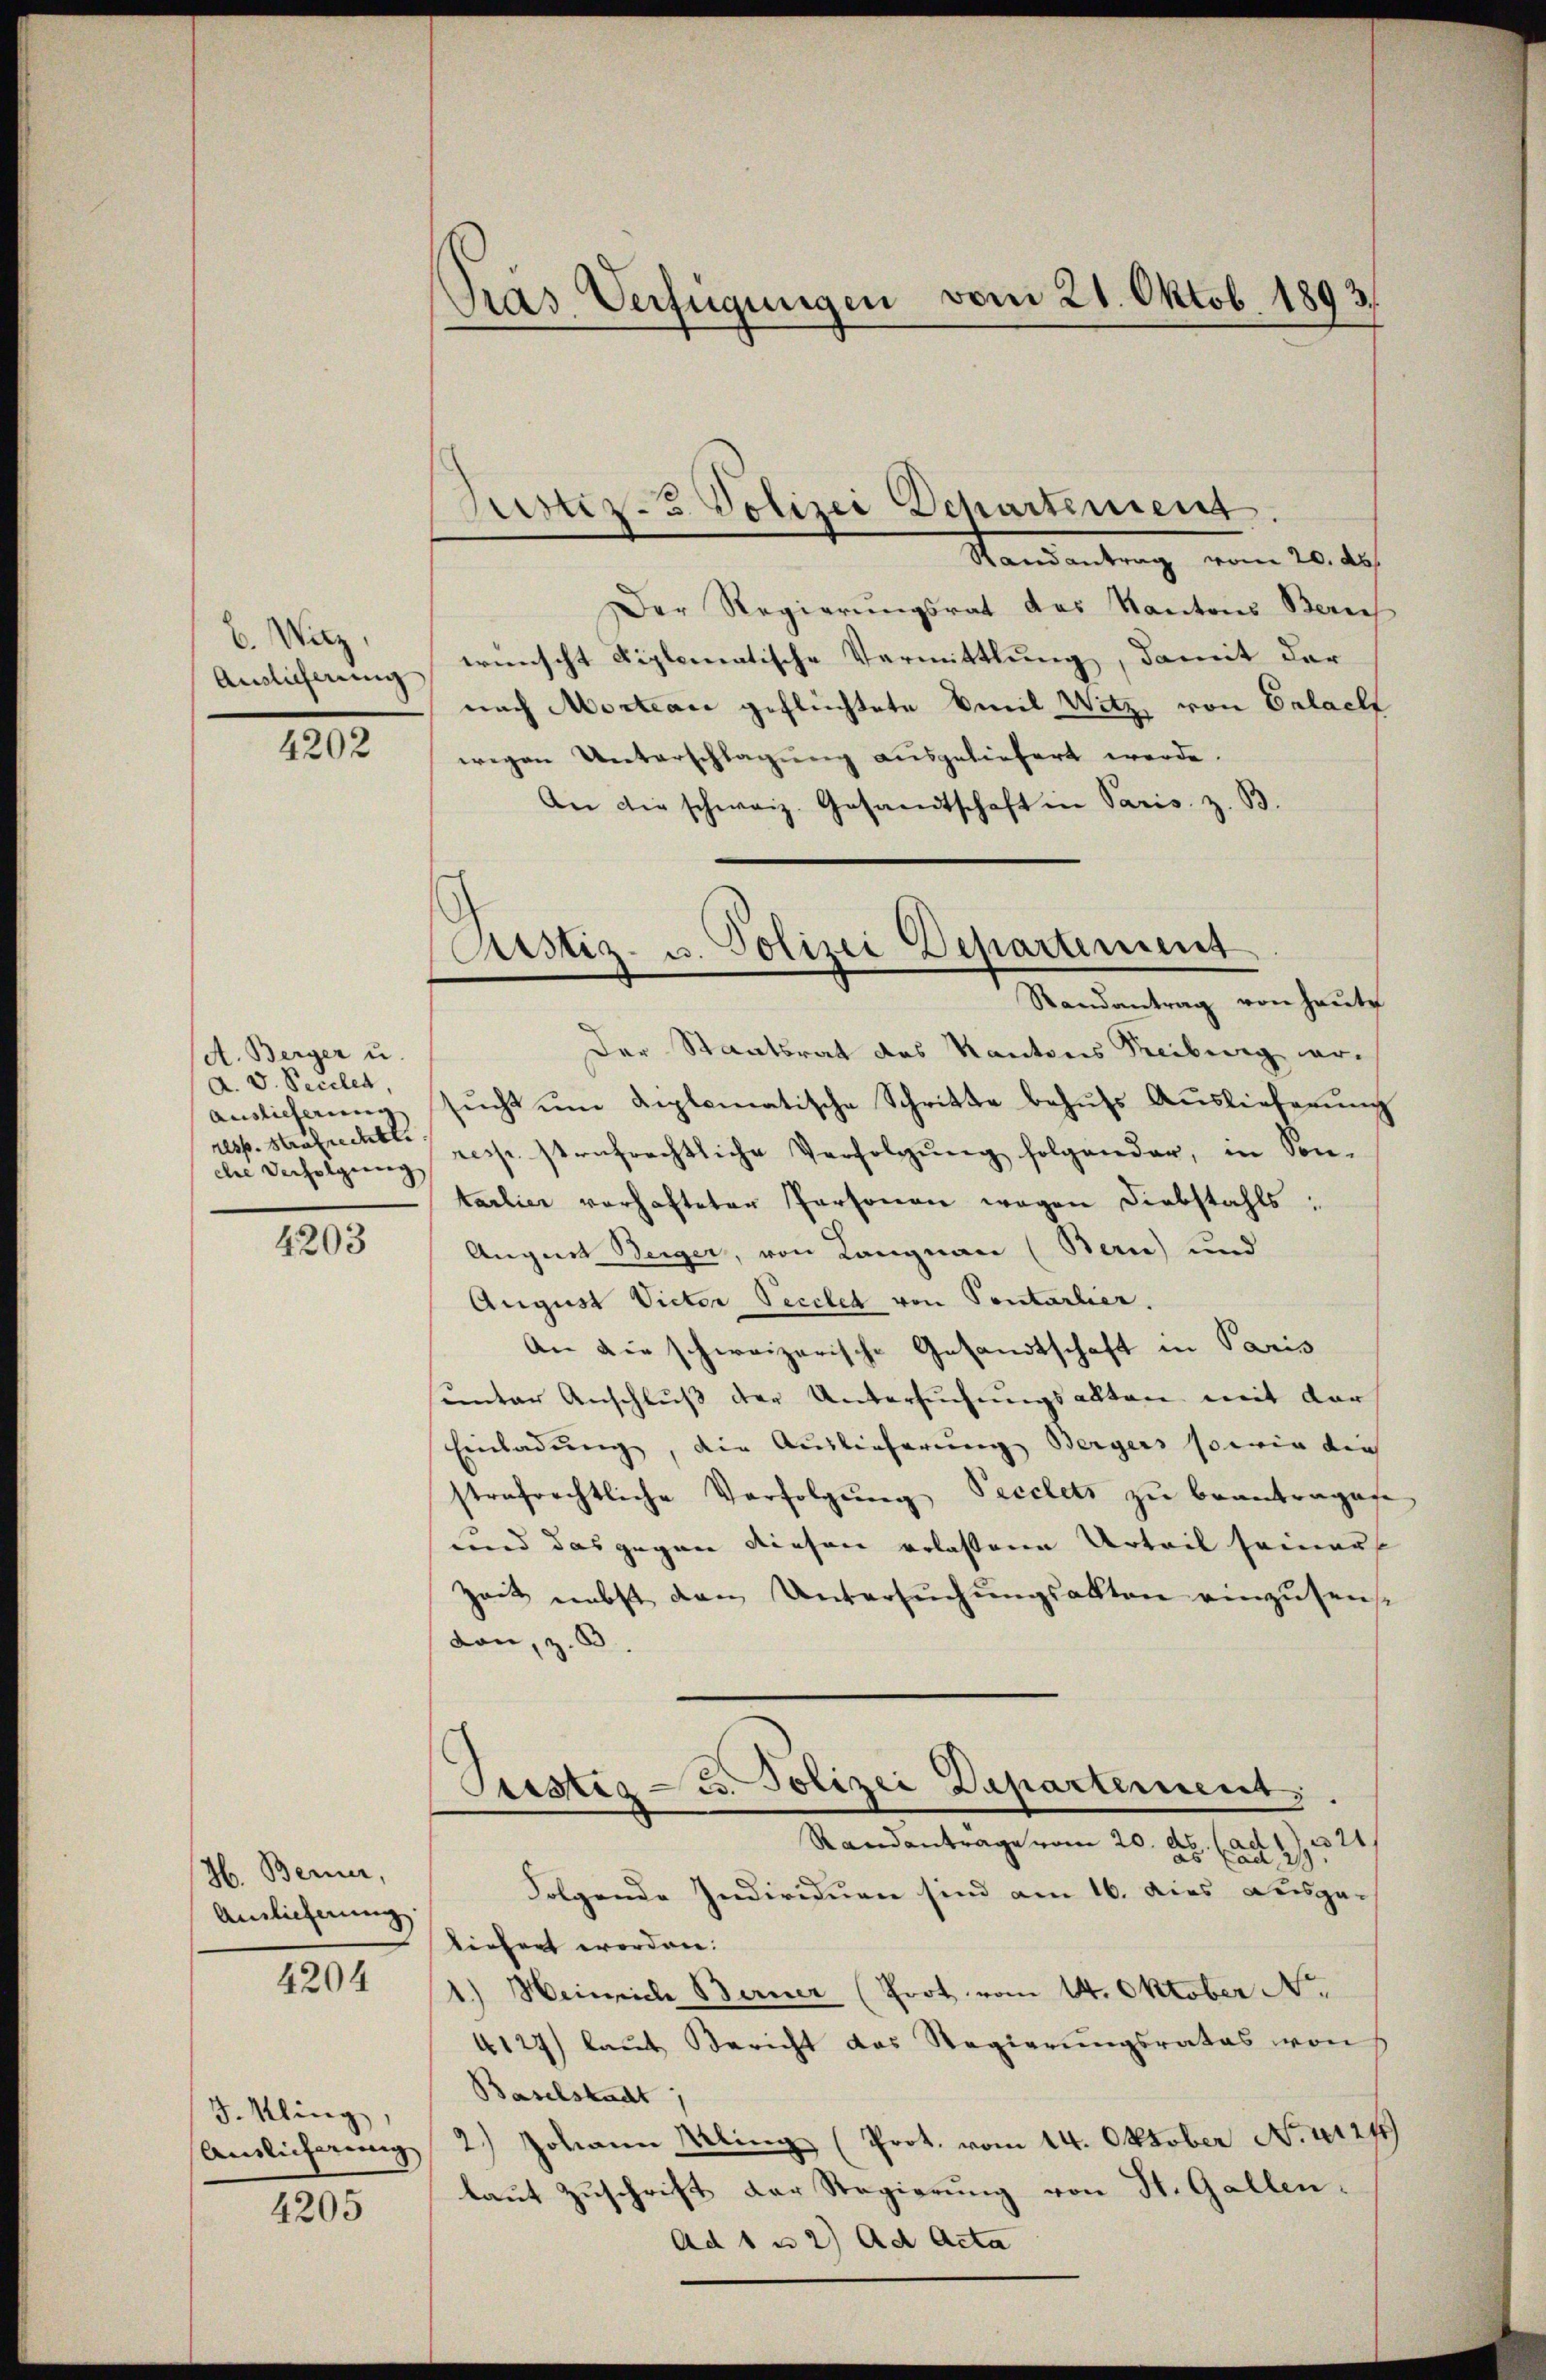
B. Wirz,
Auslicherung

4202

A. Berger u
A. V. Peccles,
Auslieferung
resp. Strafrechtli
cher Verfolgung

4203

H. Berner,
Auslieferung
4204

J. Kling
Antlicherung

4205

ras Verfügungen vom 21. Oktob. 1893.

Randantrag vom 20. ds.
Der Regierungsrat das Kantons Berech
wünscht diplomatische Vermittlung, damit dernach Mortan geflüchtete Emil Witz, von Erlacht
wegen Unterschlagung ausgeliefert werde.
An die schweiz. Gesandtschaft in Paris, z. B
Der Staatsrat des Kantons Reiberg er-
sŭcht ŭm diplomatische Schritte behŭfs Aŭslieferŭng
resp. strafrechtliche Verfolgŭng folgender, in Son-
tarlier verhafteter Personen wegen Diebstahls:
Augnet Beiger, von Langnau (Bern) und
August Victor Peccles von Sontarlier.
An die schweizerische Gesandtschaft in Paris
unter Anschluß der Untersuchungsalten mit der
Einladung, die Auslieferung Bergers sowie die
strafrechtliche Verfolgŭng Pecclets zu beantrages
und das gegen diesen erlassene Urteil seiner
Zeit nebst den Untersŭchŭngsakten einzŭsens
don, z. B.
Justig - u. Polizei Departement
¬
ad
Randantrage vom 20. d. 2229.
Folgende Individuen sind am 16. dies ausge-
liefert worden.
1.) Heinrich Berner (Prot vom 14. Oktober Nr.
4127) laut Bericht das Regierungsrates von
Baselstacht
2.) Johann Kling (Prot. vom 14. Oktober No. 4127)
laut Zuschrift der Regierung von St. Gallen.
Ad 1 u 2) Ad Acta

Justiz- & Polizei Departement

Astiz- u. Polizei Departement
Randantrag von heute